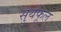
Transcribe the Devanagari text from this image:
सुर्यफूल